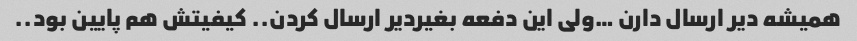
همیشه دیر ارسال دارن …ولی این دفعه بغیردیر ارسال کردن.. کیفیتش هم پایین بود..